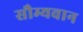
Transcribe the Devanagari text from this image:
सौम्यवान